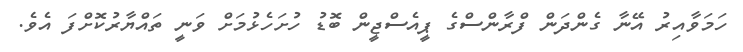
ހަމަވާއިރު އޭނާ ގެންދަން ފްރާންސްގެ ޕީއެސްޖީން ބޮޑު ހުށަހެޅުމަށް ވަނީ ތައްޔާރުކޮށްފަ އެވެ.